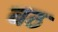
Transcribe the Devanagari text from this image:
बठ